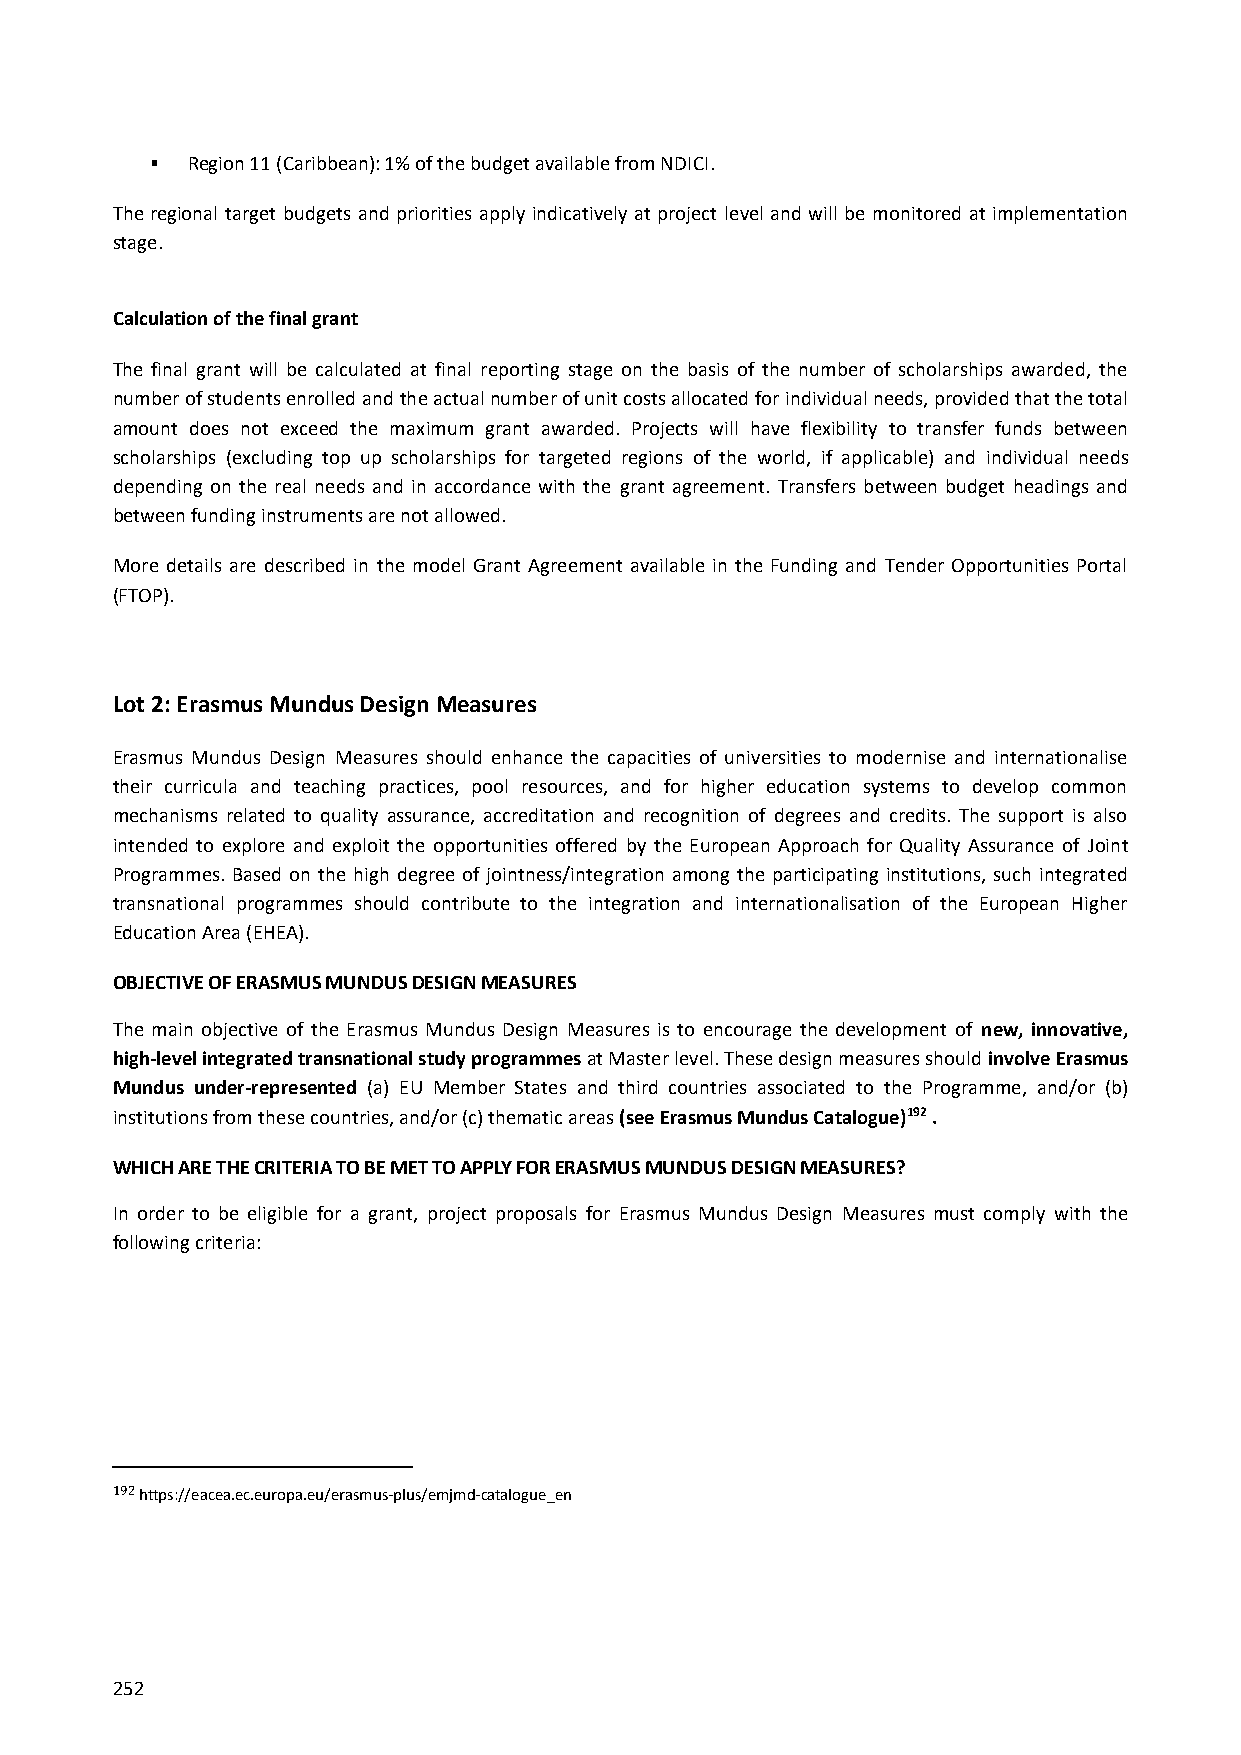
 Region 11 (Caribbean): 1% of the budget available from NDICI.
 The regional target budgets and priorities apply indicatively at project level and will be monitored at implementation
 stage.
 Calculation of the final grant
 The final grant will be calculated at final reporting stage on the basis of the number of scholarships awarded, the
 number of students enrolled and the actual number of unit costs allocated for individual needs, provided that the total
 amount does not exceed the maximum grant awarded. Projects will have flexibility to transfer funds between
 scholarships (excluding top up scholarships for targeted regions of the world, if applicable) and individual needs
 depending on the real needs and in accordance with the grant agreement. Transfers between budget headings and
 between funding instruments are not allowed.
 More details are described in the model Grant Agreement available in the Funding and Tender Opportunities Portal
 (FTOP).
 Lot 2: Erasmus Mundus Design Measures
 Erasmus Mundus Design Measures should enhance the capacities of universities to modernise and internationalise
 their curricula and teaching practices, pool resources, and for higher education systems to develop common
 mechanisms related to quality assurance, accreditation and recognition of degrees and credits. The support is also
 intended to explore and exploit the opportunities offered by the European Approach for Quality Assurance of Joint
 Programmes. Based on the high degree of jointness/integration among the participating institutions, such integrated
 transnational programmes should contribute to the integration and internationalisation of the European Higher
 Education Area (EHEA).
 OBJECTIVE OF ERASMUS MUNDUS DESIGN MEASURES
 The main objective of the Erasmus Mundus Design Measures is to encourage the development of new, innovative,
 high-level integrated transnational study programmes at Master level. These design measures should involve Erasmus
 Mundus under-represented (a) EU Member States and third countries associated to the Programme, and/or (b)
 institutions from these countries, and/or (c) thematic areas (see Erasmus Mundus Catalogue)192 .
 WHICH ARE THE CRITERIA TO BE MET TO APPLY FOR ERASMUS MUNDUS DESIGN MEASURES?
 In order to be eligible for a grant, project proposals for Erasmus Mundus Design Measures must comply with the
 following criteria:
 192 https://eacea.ec.europa.eu/erasmus-plus/emjmd-catalogue_en
 252